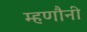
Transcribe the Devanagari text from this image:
म्हणौनी